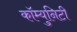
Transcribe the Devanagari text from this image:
कॉम्‍युनिटी